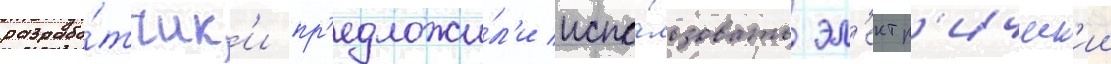
разрабо́тчик'и пр'едложи́л'и испо́льзовать эл'ектр'ическ'ии